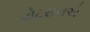
વોટસનએ